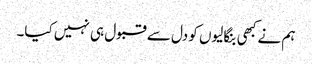
ہم نے کبھی بنگالیوں کو دل سے قبول ہی نہیں کیا۔